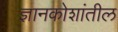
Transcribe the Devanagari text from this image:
ज्ञानकोशांतील